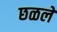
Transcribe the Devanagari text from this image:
छळले